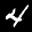
Label: 4